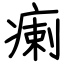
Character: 瘌